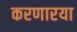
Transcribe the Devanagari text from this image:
करणारया